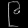
Digit: ၉